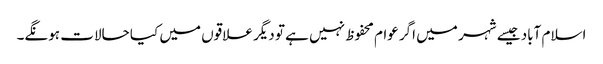
اسلام آباد جیسے شہر میں اگر عوام محفوظ نہیں ہے تو دیگر علاقوں میں کیا حالات ہونگے۔